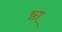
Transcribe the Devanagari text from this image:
ष्ठा